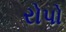
રોપો